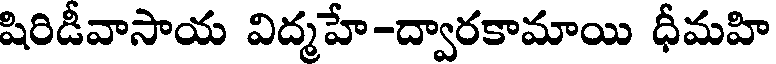
షిరిడీవాసాయ విద్మహే-ద్వారకామాయి ధీమహి